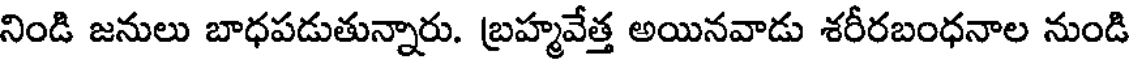
నిండి జనులు బాధపడుతున్నారు. బ్రహ్మవేత్త అయినవాడు శరీరబంధనాల నుండి